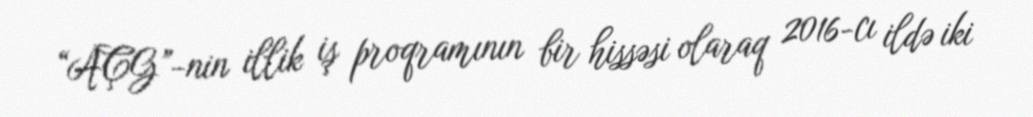
“AÇG”-nin illik iş proqramının bir hissəsi olaraq 2016-cı ildə iki